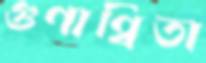
গুণান্বিতা